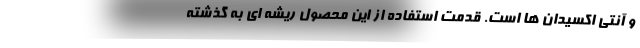
و آنتی اکسیدان ها است. قدمت استفاده از این محصول ریشه ای به گذشته